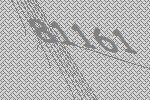
81161